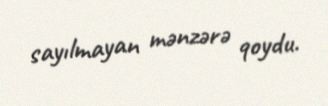
sayılmayan mənzərə qoydu.